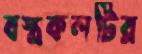
বস্ত্রকলটির